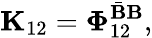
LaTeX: \mathbf{K}_{12}=\boldsymbol{\Phi}_{12}^{\bar{\mathbf{B}}\mathbf{B}},